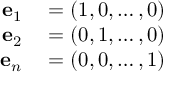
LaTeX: \begin{array} { r l } { \mathbf { e } _ { 1 } } & { { } = ( 1 , 0 , \ldots , 0 ) } \\ { \mathbf { e } _ { 2 } } & { { } = ( 0 , 1 , \ldots , 0 ) } \\ { \mathbf { e } _ { n } } & { { } = ( 0 , 0 , \ldots , 1 ) } \end{array}